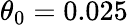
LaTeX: \theta_{0}=0.025